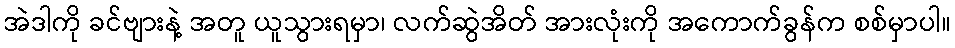
အဲဒါကို ခင်ဗျားနဲ့ အတူ ယူသွားရမှာ၊ လက်ဆွဲအိတ် အားလုံးကို အကောက်ခွန်က စစ်မှာပါ။